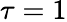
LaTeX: \tau=1